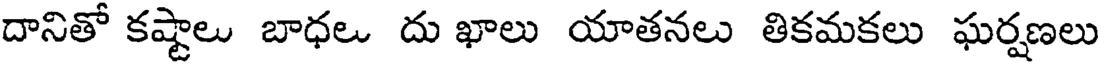
దానితో కష్టాలు బాధల దు ఖాలు యాతనలు తికమకలు ఘర్షణలు